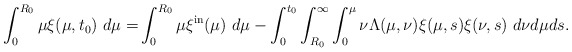
\begin{align*}\int_{0}^{R_{0}}\mu\xi(\mu,t_{0})\ d\mu=&\int_{0}^{R_{0}}\mu\xi^{\mathrm{in}}(\mu)\ d\mu-\int_{0}^{t_{0}}\int_{R_{0}}^{\infty}\int_{0}^{\mu}\nu\Lambda(\mu,\nu)\xi(\mu,s)\xi(\nu,s)\ d\nu d\mu ds.\end{align*}